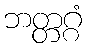
ဘတ္တဂ္ဂံ